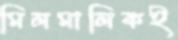
মিলমালিকই